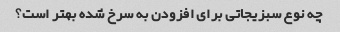
چه نوع سبزیجاتی برای افزودن به سرخ شده بهتر است؟